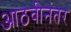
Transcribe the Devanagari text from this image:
आठवीनंतर